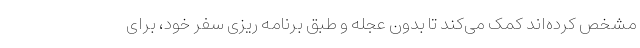
مشخص کرده‌اند کمک می‌کند تا بدون عجله و طبق برنامه ریزی سفر خود، برای